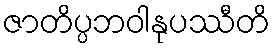
ဇာတိပ္ပဘဝါနုပဿီတိ